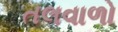
તલવાળો